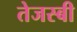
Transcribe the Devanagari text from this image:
तेजस्बी